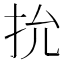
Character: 抁